Annual report on the working of the lock hospitals in the Central Provinces
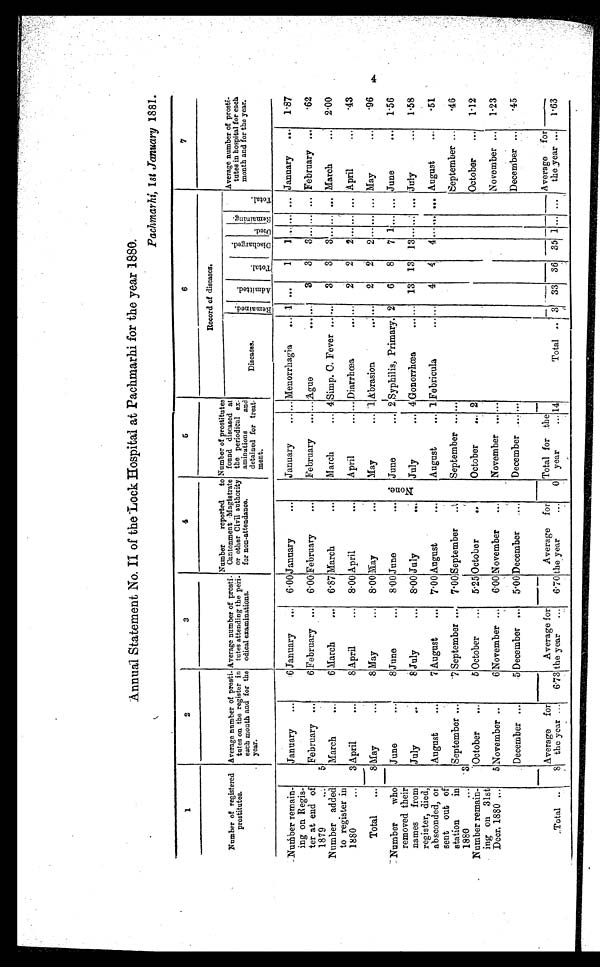
Annual Statement No. II of the Lock Hospital at Pachmarhi for the year 1880.
Pachmarhi, 1 st January 1881.
1
2
3
4
5
6
7
Number of registered
prostitutes.
Average number of prosti-
totes on the register in
each month and for the
year.
Average number of prosti-
tutes attending the peri-
odical examinations.
Number reported to
Cantonment Magistrate
or other Civil authority
for non-attendance.
Number of prostitutes
found diseased at
the periodical ex-
aminations and
detained for treat-
ment.
Record of diseases.
Average number of prosti-
tutes in hospital far each
month and for the year.
Diseases.
Re ma i n e d . Admitted.
Total.
Discharged.
Died.
Remaining.
To t a l .
Number remain-
ing on Regis-
ter at end of
1879
...
January
...
6 January
...
6 . 00 January
•••
None.
January
... Menorrhagia
... 1 ...
1
1 ... ... ... January
...
1.87
5
February ...
6 February ...
6.00 February
•••
February
... ... Ague
...... . . .
3
3
3 ... ... ... February ...
.62
Number added
to register in
1880
...
March
...
6 March
...
6.87 March
• ••
March
... 4 Simp. C. Fever ... ...
3
3
3 ... ... ... March
...
2.00
3 April
...
8 April
...
8.00 April
.• •
April
... ... Diarrhœa
. . .
2
2
2 ... ... ... April
• • .
.43
Total
...
8 May
• • .
8 May
...
8.00 May
...
May
... 1 Abrasion
„.. ...
2
2
2 ... ... ... May
II"
.96
Number
who
removed their
names from
register, died,
absconded, or
sent out of
station in
1880
...
June
41,0
8 June
•• •
8.00 June
•••
June
... 2 Syphilis, Primary. 2
6
8
7 1 ... ... June
1.56
July
..
8 July
...
8.00 July
.
• •
July
... 4 Gonorrhœa
... ... 13 13 13 . . .
... ... July
1.58
August
...
7 August
..,
7.00 August
...
August
... 1 Febricula
. . .
4
4
4 ... ... ... August
•••
.51
3
September ..
7 September ...
7.00 September
..;
September ... ...
September ...
.46
Number remain-
ing on 31st
Decr. 1880 ,..
October
...
5 October
...
5.25 October
..
October
.•. 2
October
...
1.12
5 November ..
6 November ...
6.00 November
...
November ... ...
November ...
1.23
December ...
5 December ...
5.00 December
....
December .... ...
December ...
.45
Total .
8
Average for
the year ...
6.73
Average for
the year
...
6.70
Average for
the year
...
0
Total for the
year
... 14
Total
3
33 36 35 1 ... ...
Average for
the year ...
1.63